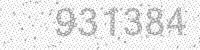
Solution: 931384